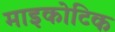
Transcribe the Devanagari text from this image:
माइकोटिक